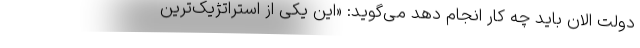
دولت الان باید چه کار انجام دهد می‌گوید: «این یکی از استراتژیک‌ترین